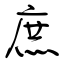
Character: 庶